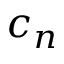
c _ { n }